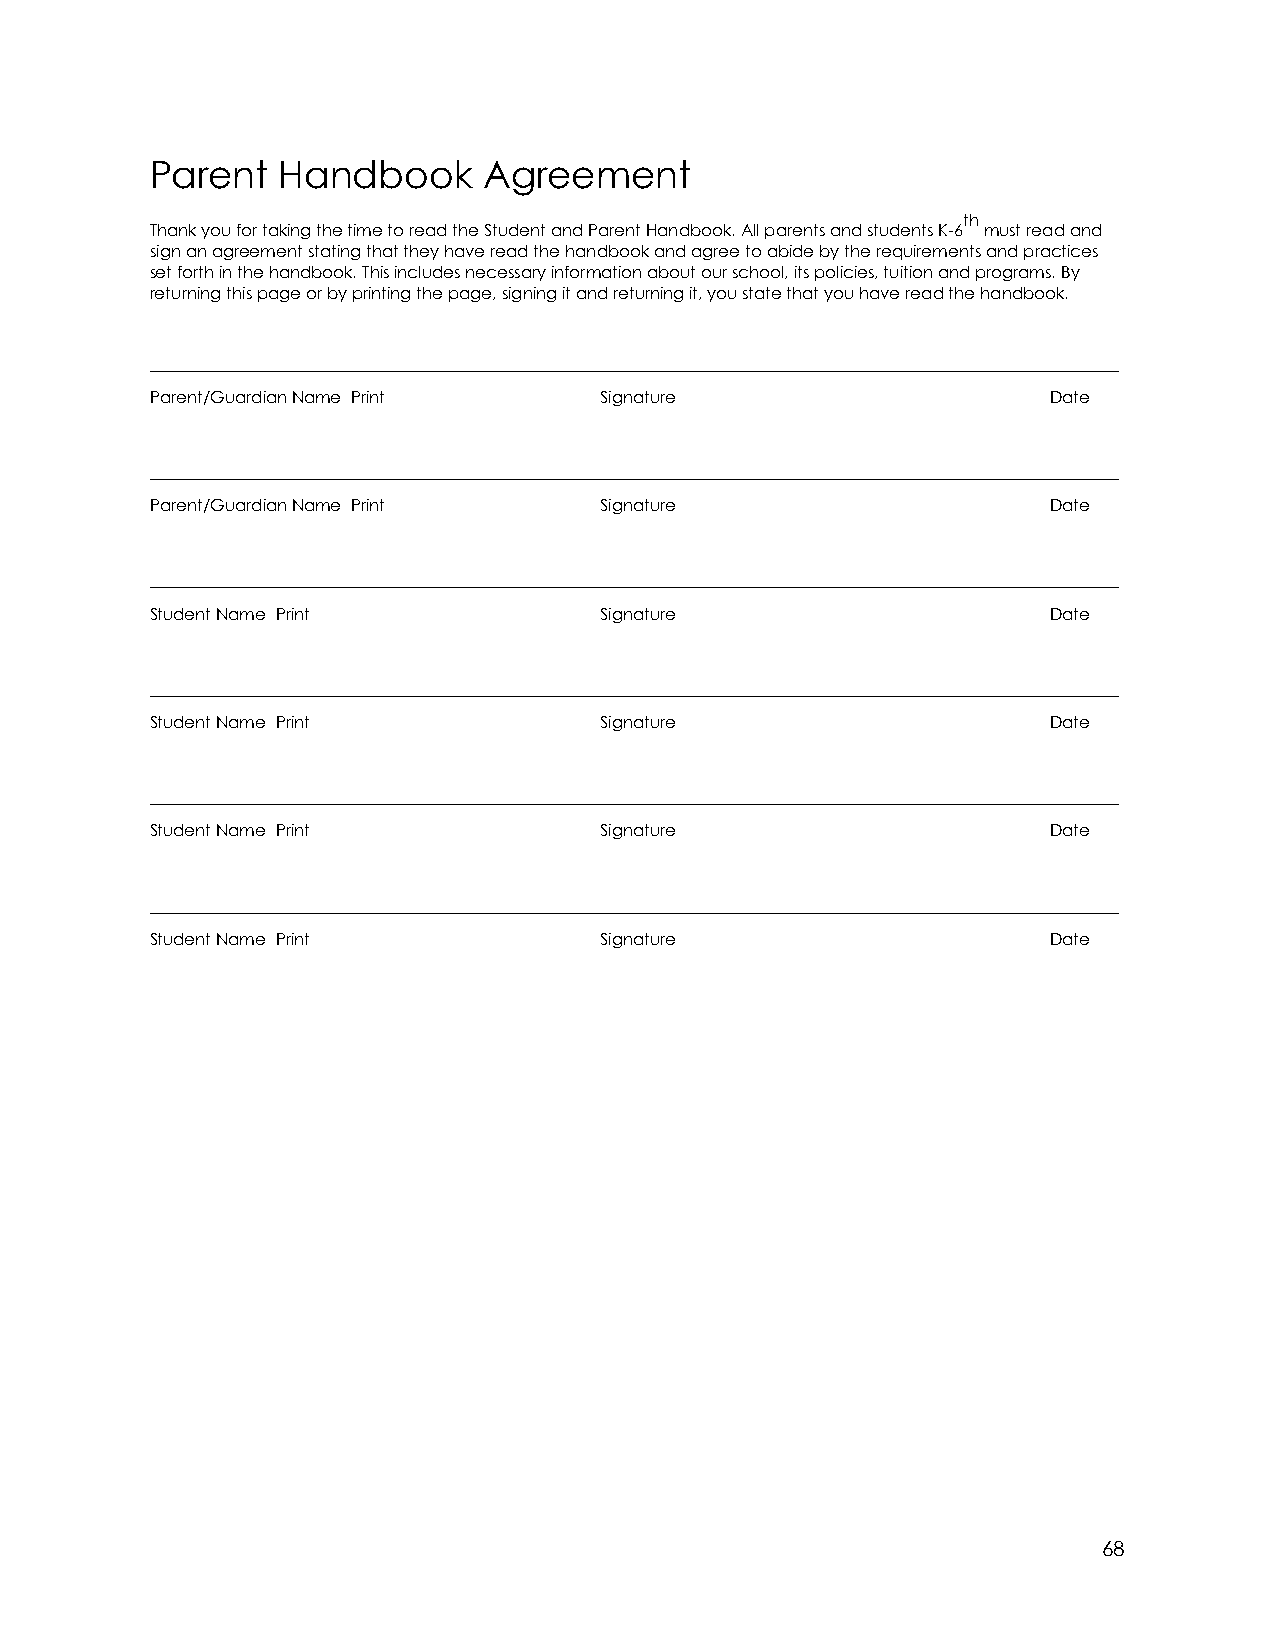
Parent  Handbook      Agreement
 th
 Thank you for taking the time to read the Student and Parent Handbook. All parents and students K-6 must read and
 sign an agreement stating that they have read the handbook and agree to abide by the requirements and practices
 set forth in the handbook. This includes necessary information about our school, its policies, tuition and programs. By
 returning this page or by printing the page, signing it and returning it, you state that you have read the handbook.
 _____________________________________________________________________________________________
 Parent/Guardian Name Print    Signature                     Date
 _____________________________________________________________________________________________
 Parent/Guardian Name Print    Signature                     Date
 _____________________________________________________________________________________________
 Student Name Print            Signature                     Date
 _____________________________________________________________________________________________
 Student Name Print            Signature                     Date
 _____________________________________________________________________________________________
 Student Name Print            Signature                     Date
 _____________________________________________________________________________________________
 Student Name Print            Signature                     Date
 68